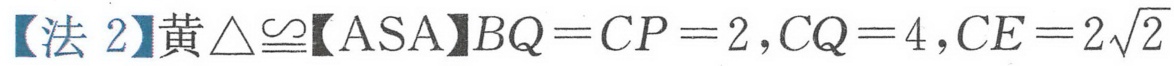
【法 2】黄\(\triangle\cong\)【ASA】\(BQ = CP = 2\)，\(CQ = 4\)，\(CE = 2\sqrt{2}\)